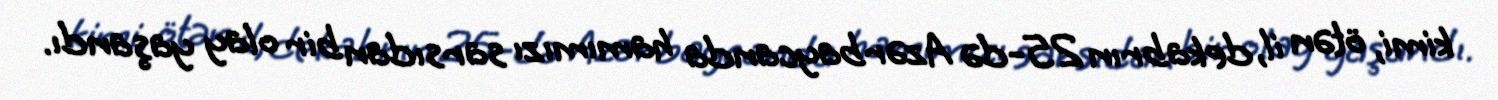
kimi, ötən il, dekabrın 25-də Azərbaycanda hamımızı sarsıdan bir olay yaşandı.